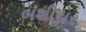
બશીયર